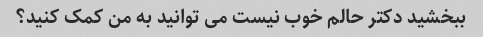
ببخشید دکتر حالم خوب نیست می توانید به من کمک کنید؟